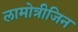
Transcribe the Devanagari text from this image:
लामोत्रीजिन